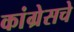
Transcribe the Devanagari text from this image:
कांग्रेसचे